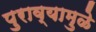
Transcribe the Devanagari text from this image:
पुराव्यामुळे